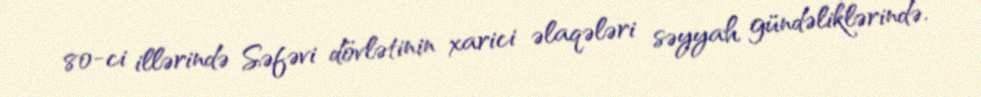
80-ci illərində Səfəvi dövlətinin xarici əlaqələri səyyah gündəliklərində.